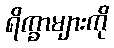
ရိက္ခာများကို